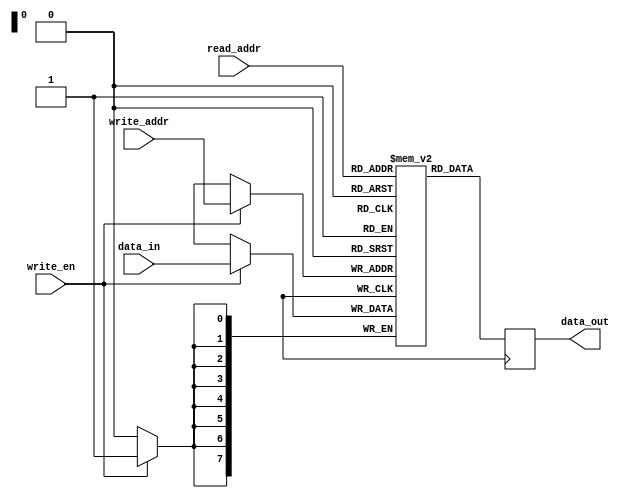
module single_port_register_file (
  input wire [7:0] read_addr,
  input wire [7:0] write_addr,
  input wire write_en,
  input wire [7:0] data_in,
  output reg [7:0] data_out
);

reg [7:0] registers [0:255];

always @ (posedge clk) begin
  if (write_en) begin
    registers[write_addr] <= data_in;
  end
  data_out <= registers[read_addr];
end

endmodule